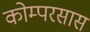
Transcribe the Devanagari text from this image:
कोम्परसास